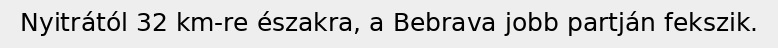
Nyitrától 32 km-re északra, a Bebrava jobb partján fekszik.